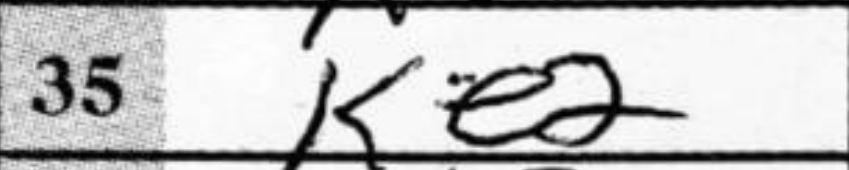
Transcription: Ke2